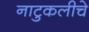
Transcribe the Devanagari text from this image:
नाटुकलीचे